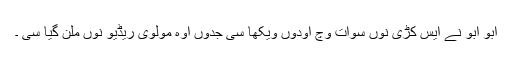
ابو ابو نے ایس کڑی نوں سوات وچ اودوں ویکھا سی جدوں اوہ مولوی ریڈیو نوں ملن گیا سی ۔